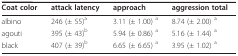
<table><thead><tr><td><b>Coat color</b></td><td><b>attack latency</b></td><td><b>approach</b></td><td><b>aggression total</b></td></tr></thead><tbody><tr><td>albino</td><td>246 (± 55)<sup>a</sup></td><td>3.11 (± 1.00) <sup>a</sup></td><td>8.74 (± 2.00) <sup>a</sup></td></tr><tr><td>agouti</td><td>395 (± 43)<sup>b</sup></td><td>5.94 (± 0.86) <sup>a</sup></td><td>5.16 (± 1.44) <sup>a</sup></td></tr><tr><td>black</td><td>407 (± 39)<sup>b</sup></td><td>6.65 (± 6.65) <sup>a</sup></td><td>3.95 (± 1.02) <sup>a</sup></td></tr></tbody></table>